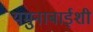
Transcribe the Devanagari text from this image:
यमुनाबाईशी